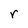
Character: r